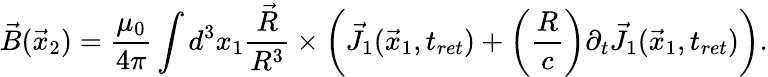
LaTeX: \vec{B}(\vec{x}_{2})=\frac{\mu_{0}}{4\pi}\int d^{3}x_{1}\frac{\vec{R}}{R^{3}}\times\left(\vec{J}_{1}(\vec{x}_{1},t_{ret})+\left(\frac{R}{c}\right)\partial_{t}\vec{J}_{1}(\vec{x}_{1},t_{ret})\right).